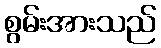
စွမ်းအားသည်